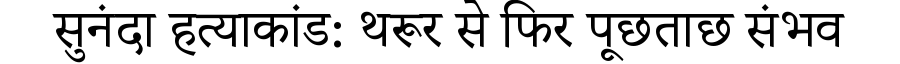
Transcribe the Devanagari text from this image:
सुनंदा हत्याकांड: थरूर से फिर पूछताछ संभव